Scottish Leaving Certificate Examination, 1961
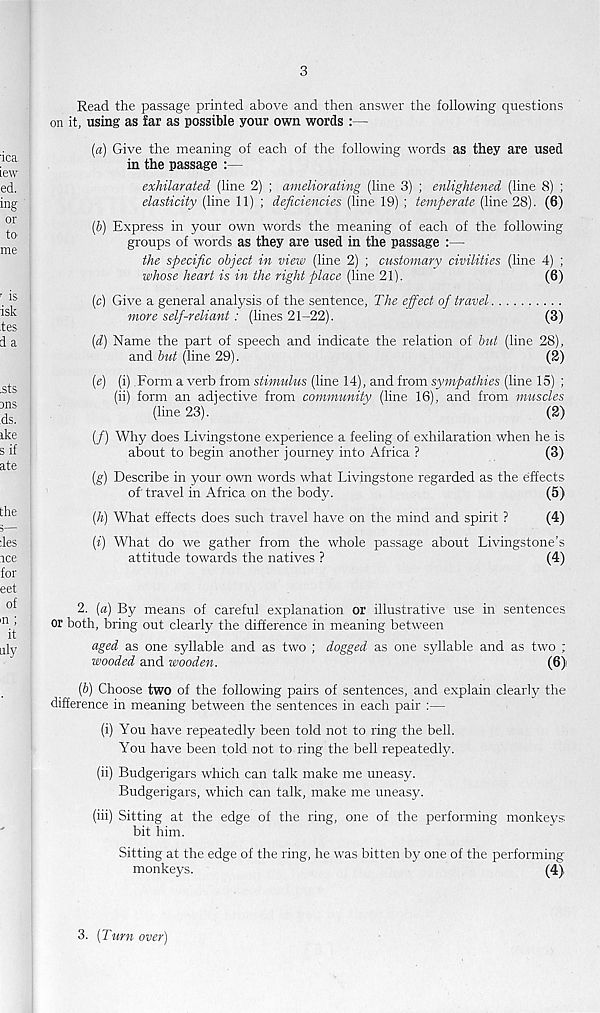
3
Read the passage printed above and then answer the following questions
on it, using as far as possible your own words :—
(а) Give the meaning of each of the following words as they are used
in the passage :—
exhilarated (line 2) ; ameliorating (line 3) ; enlightened (line 8) ;
elasticity (line 11) ; deficiencies (line 19) ; temperate (line 28). (6)
(б) Express in your own words the meaning of each of the following
groups of words as they are used in the passage :—
the specific object in view (line 2) ; customary civilities (line 4) ;
whose heart is in the right place (line 21).
(6)
(c) Give a general analysis of the sentence, The effect of travel
more self-reliant: (lines 21-22).
(3)
(d) Name the part of speech and indicate the relation of but (line 28),
and but (line 29).
(2)
(e) (i) Form a verb from stimulus (line 14), and from sympathies (line 15) ;
(ii) form an adjective from community (line 16), and from muscles
(line 23).
(2)
(/) Why does Livingstone experience a feeling of exhilaration when he is
about to begin another journey into Africa ?
(3)
(g) Describe in your own words what Livingstone regarded as the effects
of travel in Africa on the body.
(5)
(h) What effects does such travel have on the mind and spirit ?
(4)
(i) What do we gather from the whole passage about Livingstone’s
attitude towards the natives ?
(4)
2. [a) By means of careful explanation or illustrative use in sentences
or both, bring out clearly the difference in meaning between
aged as one syllable and as two ; dogged as one syllable and as two ;
wooded and wooden.
(6)
[b) Choose two of the following pairs of sentences, and explain clearly the
difierence in meaning between the sentences in each pair :—
(i) You have repeatedly been told not to ring the bell.
You have been told not to ring the bell repeatedly.
(ii) Budgerigars which can talk make me uneasy.
Budgerigars, which can talk, make me uneasy.
(iii) Sitting at the edge of the ring, one of the performing monkeys
bit him.
Sitting at the edge of the ring, he was bitten by one of the performing
monkeys.
(4)
3. [Turn over)